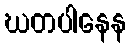
ဃတပါနေန